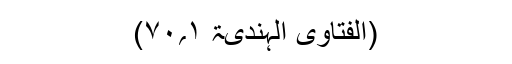
(الفتاویٰ الہندیۃ ۱؍۷۰)